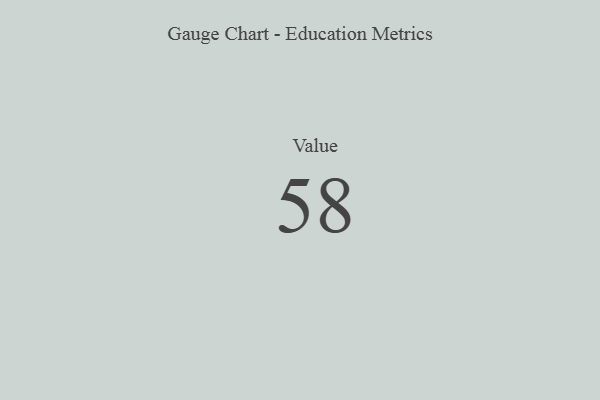
{"axis": {"x": "Metric", "y": "Value"}, "legend": [""], "data": [{"x": "Value", "y": 58, "type": ""}]}